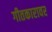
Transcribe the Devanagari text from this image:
गीतकारावर